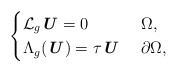
\begin{align*} \begin{cases} \mathcal{L}_g \textbf{\textit{U}} = 0 & \ \Omega, \\ \Lambda_{g} (\textbf{\textit{U}}) = \tau \textbf{\textit{U}} & \ \partial \Omega, \end{cases}\end{align*}